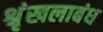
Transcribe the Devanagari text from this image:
श्रृंखलाबंध